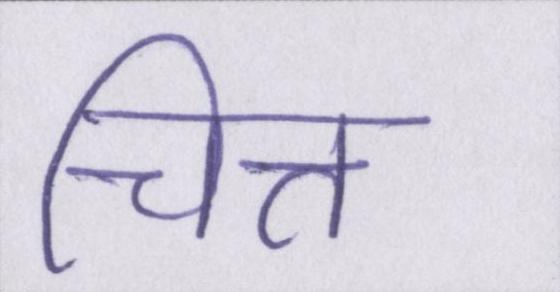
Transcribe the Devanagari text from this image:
चित्त